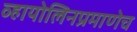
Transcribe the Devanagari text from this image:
व्हायोलिनप्रमाणेच